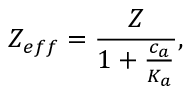
Z _ { e f f } = \frac { Z } { 1 + \frac { c _ { a } } { K _ { a } } } ,